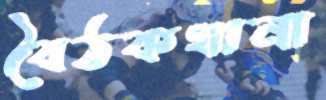
বৈঠকখানা